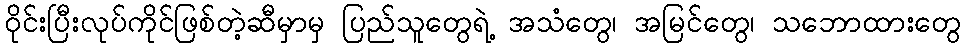
ဝိုင်းပြီးလုပ်ကိုင်ဖြစ်တဲ့ဆီမှာမှ ပြည်သူတွေရဲ့ အသံတွေ၊ အမြင်တွေ၊ သဘောထားတွေ